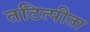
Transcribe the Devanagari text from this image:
तटित्पीता